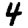
Digit: 4